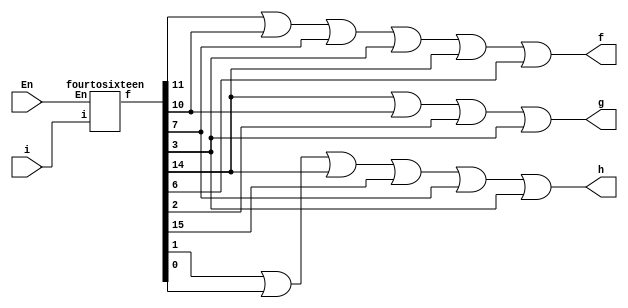
module q(i,f,g,h,En);
input [3:0]i;
input En;
output f,g,h;
wire [15:0]c;
fourtosixteen s0(i,c,En);
assign f = c[11]|c[10]|c[7]|c[3]|c[14]|c[6];
assign g = c[14]|c[10]|c[2]|c[3];
assign h = c[1]|c[0]|c[14]|c[15]|c[7]|c[3];

endmodule

module fourtosixteen(i,f,En);
input [3:0]i;
input En;
output [15:0]f;
wire [3:0]c;
twotofour stage0(i[3:2],c[3:0],En);
twotofour stage1(i[1:0],f[3:0],c[0]);
twotofour stage2(i[1:0],f[7:4],c[1]);
twotofour stage3(i[1:0],f[11:8],c[2]);
twotofour stage4(i[1:0],f[15:12],c[3]);
endmodule

module twotofour(i,f,En);
input [1:0]i;
input En;
output reg [3:0]f;
always @ (i,En)
begin

case(En)
0:f=4'd0;
1:
begin
	case(i)
	0:f=4'd1;
	1:f=4'd2;
	2:f=4'd4;
	3:f=4'd8;
	endcase
end
endcase
end
endmodule